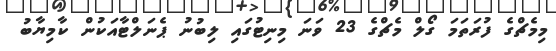
މިމެޗްގެ ފުރަތަމަ ގޯލް މެޗްގެ 23 ވަނަ މިނިޓުގައި ލިބުނު ޕެނަލްޓާއަކުން ކާމިޔާބު